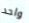
واحد